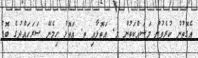
އެގޮތުން ކުރެވުނު މަސައްކަތުން ލ. އަތޮޅާއި ތ. އަތޮޅު ހިމެނޭ ސަރަހައްދުގެ ބޮޑު